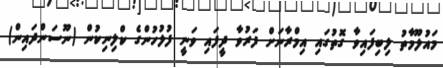
މައުލޫމާތު ލިބިފައިވާ ގޮތުގައި އިމްރާނަށް ފަރުވާ ދީފައި ވަނީ ފުލުހުންގެ ކްލިނިކުން (ނޫސަންދައިން)